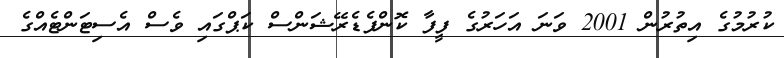
ކުރުމުގެ އިތުރުން 2001 ވަނަ އަހަރުގެ ފީފާ ކޮންފެޑެރޭޝަންސް ކަޕްގައި ވެސް އެސިޓަންޓެއްގެ